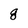
Character: 8